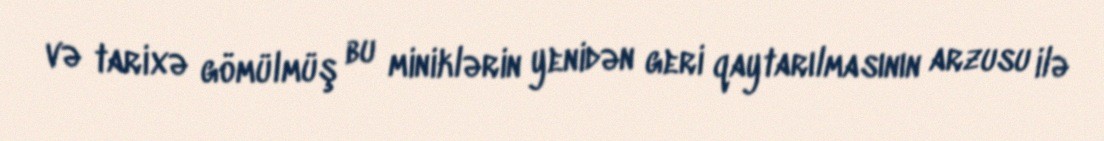
və tarixə gömülmüş bu miniklərin yenidən geri qaytarılmasının arzusu ilə